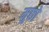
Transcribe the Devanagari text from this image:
मुछो